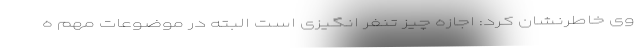
وی خاطرنشان کرد: اجازه چیز تنفر انگیزی است البته در موضوعات مهم ه